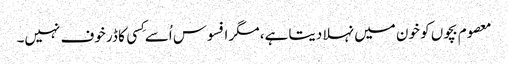
معصوم بچوں کو خون میں نہلا دیتا ہے، مگر افسوس اُسے کِسی کا ڈر خوف نہیں۔